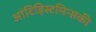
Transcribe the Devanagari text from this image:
आंटिहिस्टमिन्सकी